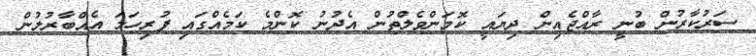
ސަރުކާރުން ބުނީ ރާއްޖެއިން ދިޔައީ ކޮމަންވެލްތުން އެދުނު ކޮންމެ ކަމެއްގައި ފުރިހަމަ އެއްބާރުލުން